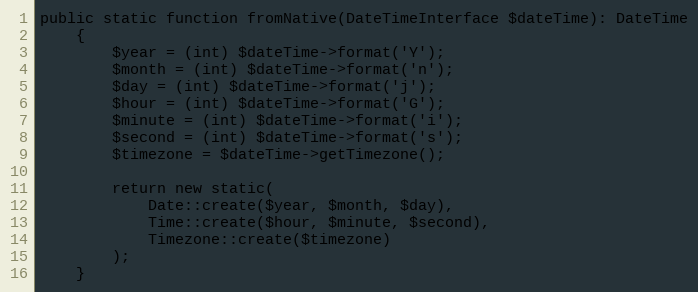
Language: PHP
public static function fromNative(DateTimeInterface $dateTime): DateTime
    {
        $year = (int) $dateTime->format('Y');
        $month = (int) $dateTime->format('n');
        $day = (int) $dateTime->format('j');
        $hour = (int) $dateTime->format('G');
        $minute = (int) $dateTime->format('i');
        $second = (int) $dateTime->format('s');
        $timezone = $dateTime->getTimezone();

        return new static(
            Date::create($year, $month, $day),
            Time::create($hour, $minute, $second),
            Timezone::create($timezone)
        );
    }